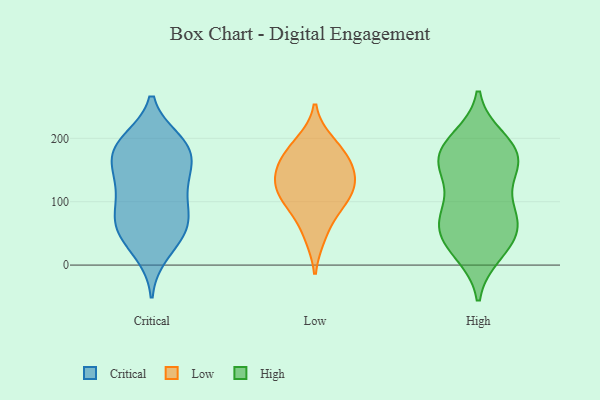
{"axis": {"x": "Headcount", "y": "Value"}, "legend": ["Critical", "High", "Low"], "data": [{"x": "", "y": 18, "type": "Critical"}, {"x": "", "y": 197, "type": "Critical"}, {"x": "", "y": 181, "type": "Critical"}, {"x": "", "y": 162, "type": "Critical"}, {"x": "", "y": 88, "type": "Critical"}, {"x": "", "y": 193, "type": "Critical"}, {"x": "", "y": 126, "type": "Critical"}, {"x": "", "y": 73, "type": "Critical"}, {"x": "", "y": 129, "type": "Critical"}, {"x": "", "y": 58, "type": "Critical"}, {"x": "", "y": 65, "type": "Critical"}, {"x": "", "y": 154, "type": "Critical"}, {"x": "", "y": 170, "type": "Critical"}, {"x": "", "y": 129, "type": "Critical"}, {"x": "", "y": 101, "type": "Critical"}, {"x": "", "y": 65, "type": "Critical"}, {"x": "", "y": 197, "type": "Critical"}, {"x": "", "y": 30, "type": "Critical"}, {"x": "", "y": 53, "type": "Critical"}, {"x": "", "y": 183, "type": "Critical"}, {"x": "", "y": 155, "type": "Low"}, {"x": "", "y": 46, "type": "Low"}, {"x": "", "y": 122, "type": "Low"}, {"x": "", "y": 161, "type": "Low"}, {"x": "", "y": 133, "type": "Low"}, {"x": "", "y": 179, "type": "Low"}, {"x": "", "y": 194, "type": "Low"}, {"x": "", "y": 91, "type": "Low"}, {"x": "", "y": 97, "type": "Low"}, {"x": "", "y": 124, "type": "Low"}, {"x": "", "y": 180, "type": "High"}, {"x": "", "y": 142, "type": "High"}, {"x": "", "y": 18, "type": "High"}, {"x": "", "y": 196, "type": "High"}, {"x": "", "y": 66, "type": "High"}, {"x": "", "y": 104, "type": "High"}, {"x": "", "y": 79, "type": "High"}, {"x": "", "y": 156, "type": "High"}, {"x": "", "y": 28, "type": "High"}, {"x": "", "y": 24, "type": "High"}, {"x": "", "y": 182, "type": "High"}, {"x": "", "y": 66, "type": "High"}, {"x": "", "y": 200, "type": "High"}, {"x": "", "y": 51, "type": "High"}, {"x": "", "y": 151, "type": "High"}, {"x": "", "y": 172, "type": "High"}, {"x": "", "y": 59, "type": "High"}, {"x": "", "y": 83, "type": "High"}, {"x": "", "y": 158, "type": "High"}]}